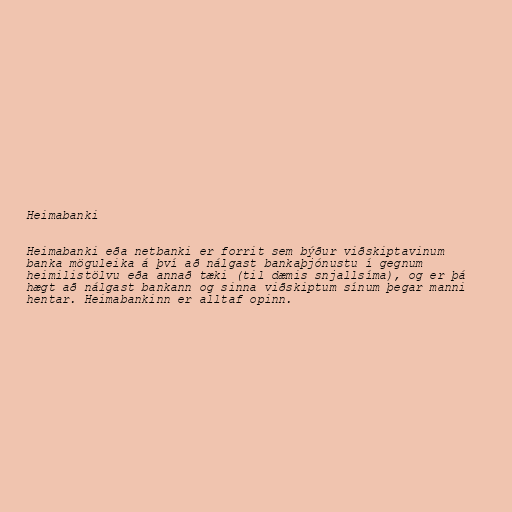
Heimabanki

Heimabanki eða netbanki er forrit sem býður viðskiptavinum
banka möguleika á því að nálgast bankaþjónustu í gegnum
heimilistölvu eða annað tæki (til dæmis snjallsíma), og er þá
hægt að nálgast bankann og sinna viðskiptum sínum þegar manni
hentar. Heimabankinn er alltaf opinn.